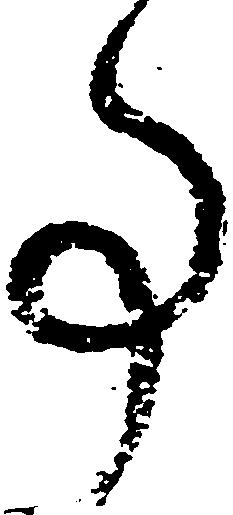
事